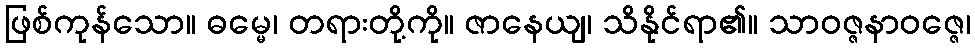
ဖြစ်ကုန်သော။ ဓမ္မေ၊ တရားတို့ကို။ ဇာနေယျ၊ သိနိုင်ရာ၏။ သာဝဇ္ဇနာဝဇ္ဇေ၊